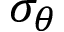
\sigma _ { \theta }